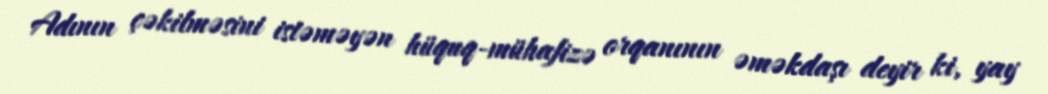
Adının çəkilməsini istəməyən hüquq-mühafizə orqanının əməkdaşı deyir ki, yay